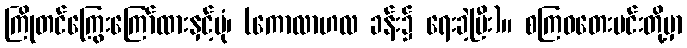
ကြိုတင်ကြွေးကြော်ထားနှင့်ပုံ၊ (ကောလာဟလ ခန်း၌ ရေးခဲ့ပြီး)။ စကြဝတေးမင်းတို့မှာ